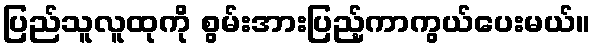
ပြည်သူလူထုကို စွမ်းအားပြည့်ကာကွယ်ပေးမယ်။